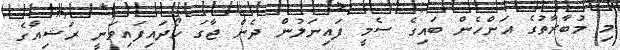
މި މުބާރާތުގެ އަންހެން ބައިގެ ސެމީ ފައިނަލުން ދެން ޖާގަ ހޯދައިފައިވަނީ ރަޝިއާގެ